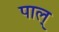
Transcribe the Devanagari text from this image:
पाल्